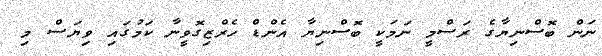
ނަން ބޮސްނިޔާގެ ރަސްމީ ނަމަކީ ބޮސްނިޔާ އެންޑް ހެރްޒިގޮވީނާ ކަމުގައި ވިޔަސް މި